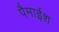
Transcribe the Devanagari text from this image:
पैमाईश